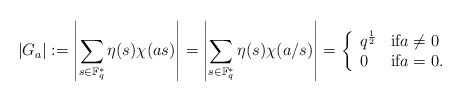
\begin{align*} |G_a| :=\left| \sum_{s\in \mathbb F_q^*} \eta(s) \chi(as)\right|=\left| \sum_{s\in \mathbb F_q^*} \eta(s) \chi({a}/{s}) \right|= \left\{\begin{array}{ll} q^{\frac{1}{2}} &\mbox{if} a\ne 0\\ 0 & \mbox{if} a=0. \end{array}\right.\end{align*}